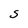
Character: S